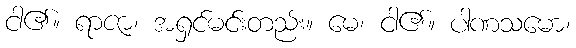
ငါ၏။ ရာဇာ၊ အရှင်မင်းတည်း။ မေ၊ ငါ၏။ ပါဏသမော၊